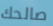
صالحك